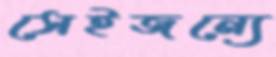
সেইজন্যে